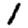
Digit: 1